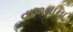
વાળવાના